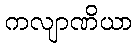
ကလျာဏိယာ